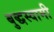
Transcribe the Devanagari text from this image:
बुद्धस्वामी